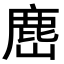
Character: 𭗎